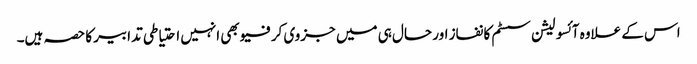
اس کے علاوہ آئسولیشن سسٹم کا نفاز اور حال ہی میں جزوی کرفیو بھی انہیں احتیاطی تدابیر کا حصہ ہیں۔